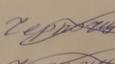
Signature authenticity: forged